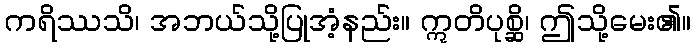
ကရိဿသိ၊ အဘယ်သို့ပြုအံ့နည်း။ ဣတိပုစ္ဆိ၊ ဤသို့မေး၏။